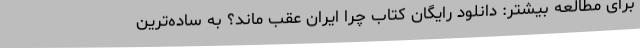
برای مطالعه بیشتر: دانلود رایگان کتاب چرا ایران عقب ماند؟ به ساده‌ترین